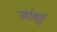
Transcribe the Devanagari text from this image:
जांवई